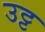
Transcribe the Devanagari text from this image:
उट्ट